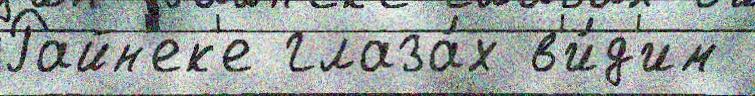
Райн'ек'е глаза́х в'и́д'им